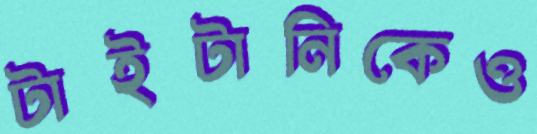
টাইটানিকেও